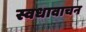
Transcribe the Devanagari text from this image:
स्वधावाचन